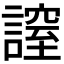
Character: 𧫡